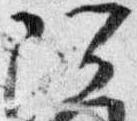
阿